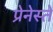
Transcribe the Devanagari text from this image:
प्रेनेस्ते